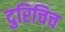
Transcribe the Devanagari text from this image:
दुरिचिच